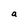
Character: a